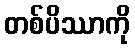
တစ်ပိဿာကို